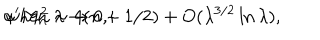
\alpha ^ { \prime } M _ { n } ^ { 2 } \sim 4 ( n + 1 / 2 ) + { O } ( \lambda ^ { 3 / 2 } \ln \lambda ) , \hspace { 7 m m } \mathrm { w h e n ~ } \lambda \rightarrow 0 ,